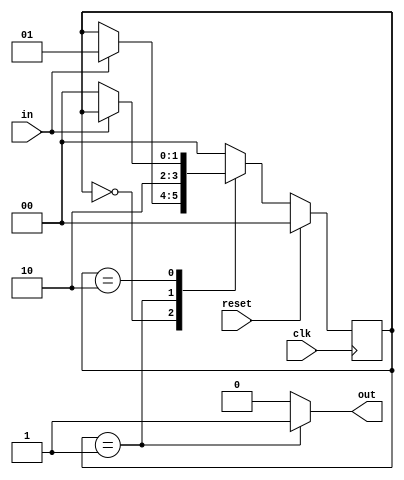
module oneShot(
    input clk,
    input in,
    input reset,
    output reg out
    );
    
    reg [1:0] state;
    
    localparam idle = 0;
    localparam output1 = 1;
    localparam waitOnzero = 2;     
    
    always@(posedge clk)
    begin
        if(reset)
        begin
            state <= idle;
        end
        else
        begin
            case(state)
            idle:
                begin
                    if(in)
                    begin
                        state <= output1;
                    end
                end
            output1:
                begin
                    state <= waitOnzero;
                end
            waitOnzero:
                begin
                    if(~in)
                    begin
                        state <= idle;
                    end
                end
            default:
                begin
                    state <= idle;
                end
            endcase
        end
    end
    
    always@(state)
    begin
        case(state)
            idle:out = 0;
            output1:out = 1;
            waitOnzero:out = 0;
            default:out = 0;
        endcase
    end
endmodule